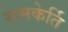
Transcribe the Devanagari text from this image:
रामकेर्ति